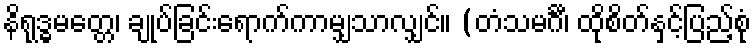
နိရုဒ္ဓမတ္တေ၊ ချုပ်ခြင်းရောက်ကာမျှသာလျှင်။ (တံသမင်္ဂီ၊ ထိုစိတ်နှင့်ပြည့်စုံ